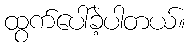
ထွက်ပေါ်ခဲ့ပါတယ်။